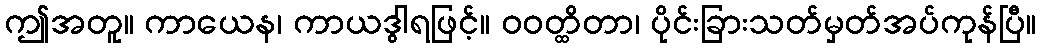
ဤအတူ။ ကာယေန၊ ကာယဒွါရဖြင့်။ ဝဝတ္ထိတာ၊ ပိုင်းခြားသတ်မှတ်အပ်ကုန်ပြီ။